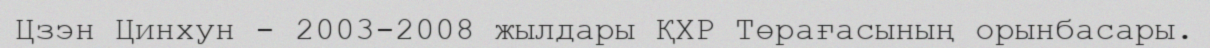
Цзэн Цинхун - 2003-2008 жылдары ҚХР Төрағасының орынбасары.